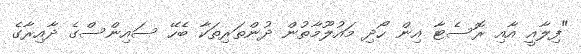
"ފިލާއީ އާއި ރޮސެޓާ އިން ހޯދި މައުލޫމާތުން ދުންތަރިތަކާ ބެހޭ ސައިންސްގެ ދާއިރާގެ